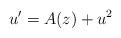
LaTeX: \begin{align*}u'=A(z)+u^2\end{align*}